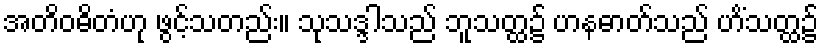
အတိဝဓိတံဟု ဖွင့်သတည်း။ သုသဒ္ဒါသည် ဘူသတ္ထ၌ ဟနဓာတ်သည် ဟိံသတ္ထ၌